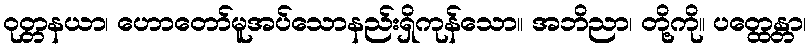
ဝုတ္တနယာ၊ ဟောတော်မူအပ်သောနည်းရှိကုန်သော။ အဘိညာ၊ တို့ကို။ ပတ္ထေန္တာ၊